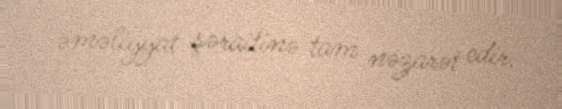
əməliyyat şəraitinə tam nəzarət edir.